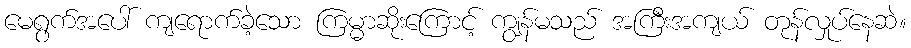
မေရွက်အပေါ် ကျရောက်ခဲ့သော ကြမ္မာဆိုးကြောင့် ကျွန်မသည် အကြီးအကျယ် တုန်လှုပ်နေဆဲ။